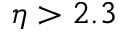
\eta > 2 . 3